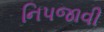
નિપજાવી